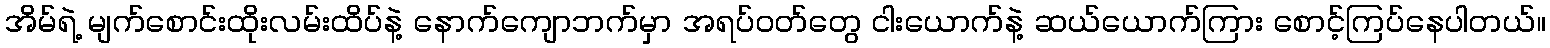
အိမ်ရဲ့ မျက်စောင်းထိုးလမ်းထိပ်နဲ့ နောက်ကျောဘက်မှာ အရပ်ဝတ်တွေ ငါးယောက်နဲ့ ဆယ်ယောက်ကြား စောင့်ကြပ်နေပါတယ်။